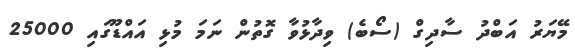
މޭޔަރު އަބްދު ސާދިގް (ސޯބެ) ވިދާޅުވާ ގޮތުން ނަމަ މުޅި އައްޑޫގައި 25000